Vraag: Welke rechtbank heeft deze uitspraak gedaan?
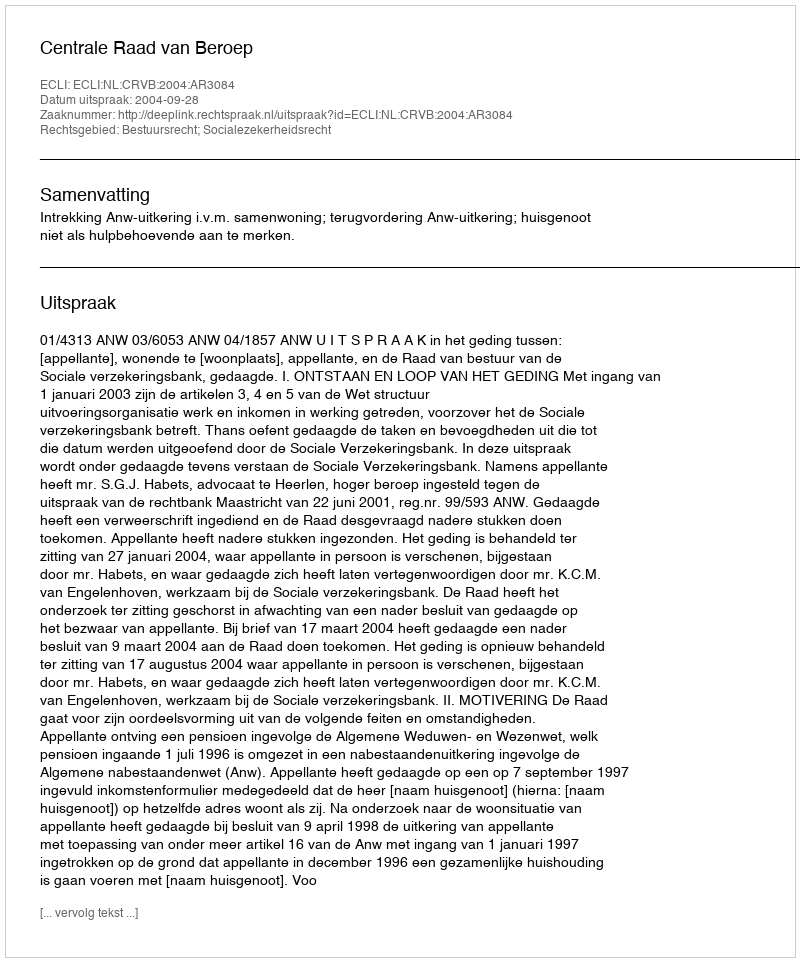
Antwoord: Centrale Raad van Beroep